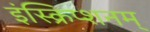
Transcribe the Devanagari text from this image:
इंस्क्रिप्शनम्